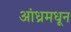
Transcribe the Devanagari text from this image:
आंध्रमधून